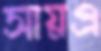
সায়এ